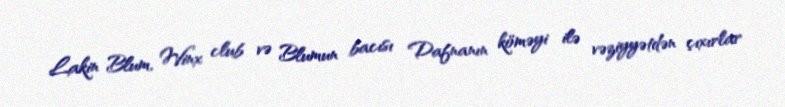
Lakin Blum, Winx club və Blumun bacısı Dafnanın köməyi ilə vəziyyətdən çıxırlar